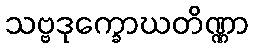
သဗ္ဗဒုက္ခောဃတိဏ္ဏာ